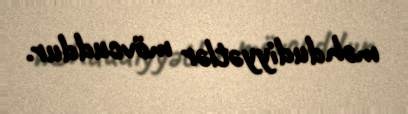
məhdudiyyətlər mövcuddur.